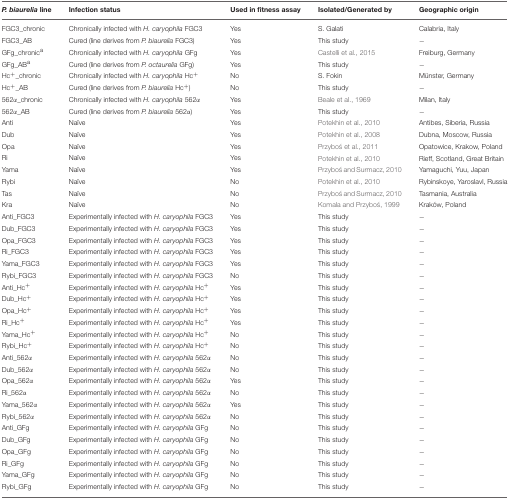
<table><thead><tr><td><b><i>P. biaurelia</i> line</b></td><td><b>Infection status</b></td><td><b>Used in fitness assay</b></td><td><b>Isolated/Generated by</b></td><td><b>Geographic origin</b></td></tr></thead><tbody><tr><td>FGC3_chronic</td><td>Chronically infected with <i>H. caryophila</i> FGC3</td><td>Yes</td><td>S. Galati</td><td>Calabria, Italy</td></tr><tr><td>FGC3_AB</td><td>Cured (line derives from <i>P. biaurelia</i> FGC3)</td><td>Yes</td><td>This study</td><td>−</td></tr><tr><td>GFg_chronic<sup>a</sup></td><td>Chronically infected with <i>H. caryophila</i> GFg</td><td>Yes</td><td>Castelli et al., 2015</td><td>Freiburg, Germany</td></tr><tr><td>GFg_AB<sup>a</sup></td><td>Cured (line derives from <i>P. octaurelia</i> GFg)</td><td>Yes</td><td>This study</td><td>−</td></tr><tr><td>Hc<sup>+</sup>_chronic</td><td>Chronically infected with <i>H. caryophila</i> Hc<sup>+</sup></td><td>No</td><td>S. Fokin</td><td>Münster, Germany</td></tr><tr><td>Hc<sup>+</sup>_AB</td><td>Cured (line derives from <i>P. biaurelia</i> Hc<sup>+</sup>)</td><td>No</td><td>This study</td><td>−</td></tr><tr><td>562α_chronic</td><td>Chronically infected with <i>H. caryophila</i> 562α</td><td>Yes</td><td>Beale et al., 1969</td><td>Milan, Italy</td></tr><tr><td>562α_AB</td><td>Cured (line derives from <i>P. biaurelia</i> 562α)</td><td>Yes</td><td>This study</td><td>−</td></tr><tr><td>Anti</td><td>Naïve</td><td>Yes</td><td>Potekhin et al., 2010</td><td>Antibes, Siberia, Russia</td></tr><tr><td>Dub</td><td>Naïve</td><td>Yes</td><td>Potekhin et al., 2008</td><td>Dubna, Moscow, Russia</td></tr><tr><td>Opa</td><td>Naïve</td><td>Yes</td><td>Przyboś et al., 2011</td><td>Opatowice, Krakow, Poland</td></tr><tr><td>Ri</td><td>Naïve</td><td>Yes</td><td>Potekhin et al., 2010</td><td>Rieff, Scotland, Great Britain</td></tr><tr><td>Yama</td><td>Naïve</td><td>Yes</td><td>Przyboś and Surmacz, 2010</td><td>Yamaguchi, Yuu, Japan</td></tr><tr><td>Rybi</td><td>Naïve</td><td>No</td><td>Potekhin et al., 2010</td><td>Rybinskoye, Yaroslavl, Russia</td></tr><tr><td>Tas</td><td>Naïve</td><td>No</td><td>Przyboś and Surmacz, 2010</td><td>Tasmania, Australia</td></tr><tr><td>Kra</td><td>Naïve</td><td>No</td><td>Komala and Przyboś, 1999</td><td>Kraków, Poland</td></tr><tr><td>Anti_FGC3</td><td>Experimentally infected with <i>H. caryophila</i> FGC3</td><td>Yes</td><td>This study</td><td>−</td></tr><tr><td>Dub_FGC3</td><td>Experimentally infected with <i>H. caryophila</i> FGC3</td><td>Yes</td><td>This study</td><td>−</td></tr><tr><td>Opa_FGC3</td><td>Experimentally infected with <i>H. caryophila</i> FGC3</td><td>Yes</td><td>This study</td><td>−</td></tr><tr><td>Ri_FGC3</td><td>Experimentally infected with <i>H. caryophila</i> FGC3</td><td>Yes</td><td>This study</td><td>−</td></tr><tr><td>Yama_FGC3</td><td>Experimentally infected with <i>H. caryophila</i> FGC3</td><td>Yes</td><td>This study</td><td>−</td></tr><tr><td>Rybi_FGC3</td><td>Experimentally infected with <i>H. caryophila</i> FGC3</td><td>No</td><td>This study</td><td>−</td></tr><tr><td>Anti_Hc<sup>+</sup></td><td>Experimentally infected with <i>H. caryophila</i> Hc<sup>+</sup></td><td>Yes</td><td>This study</td><td>−</td></tr><tr><td>Dub_Hc<sup>+</sup></td><td>Experimentally infected with <i>H. caryophila</i> Hc<sup>+</sup></td><td>Yes</td><td>This study</td><td>−</td></tr><tr><td>Opa_Hc<sup>+</sup></td><td>Experimentally infected with <i>H. caryophila</i> Hc<sup>+</sup></td><td>Yes</td><td>This study</td><td>−</td></tr><tr><td>Ri_Hc<sup>+</sup></td><td>Experimentally infected with <i>H. caryophila</i> Hc<sup>+</sup></td><td>Yes</td><td>This study</td><td>−</td></tr><tr><td>Yama_Hc<sup>+</sup></td><td>Experimentally infected with <i>H. caryophila</i> Hc<sup>+</sup></td><td>No</td><td>This study</td><td>−</td></tr><tr><td>Rybi_Hc<sup>+</sup></td><td>Experimentally infected with <i>H. caryophila</i> Hc<sup>+</sup></td><td>No</td><td>This study</td><td>−</td></tr><tr><td>Anti_562α</td><td>Experimentally infected with <i>H. caryophila</i> 562α</td><td>No</td><td>This study</td><td>−</td></tr><tr><td>Dub_562α</td><td>Experimentally infected with <i>H. caryophila</i> 562α</td><td>No</td><td>This study</td><td>−</td></tr><tr><td>Opa_562α</td><td>Experimentally infected with <i>H. caryophila</i> 562α</td><td>Yes</td><td>This study</td><td>−</td></tr><tr><td>Ri_562α</td><td>Experimentally infected with <i>H. caryophila</i> 562α</td><td>No</td><td>This study</td><td>−</td></tr><tr><td>Yama_562α</td><td>Experimentally infected with <i>H. caryophila</i> 562α</td><td>Yes</td><td>This study</td><td>−</td></tr><tr><td>Rybi_562α</td><td>Experimentally infected with <i>H. caryophila</i> 562α</td><td>No</td><td>This study</td><td>−</td></tr><tr><td>Anti_GFg</td><td>Experimentally infected with <i>H. caryophila</i> GFg</td><td>No</td><td>This study</td><td>−</td></tr><tr><td>Dub_GFg</td><td>Experimentally infected with <i>H. caryophila</i> GFg</td><td>No</td><td>This study</td><td>−</td></tr><tr><td>Opa_GFg</td><td>Experimentally infected with <i>H. caryophila</i> GFg</td><td>No</td><td>This study</td><td>−</td></tr><tr><td>Ri_GFg</td><td>Experimentally infected with <i>H. caryophila</i> GFg</td><td>No</td><td>This study</td><td>−</td></tr><tr><td>Yama_GFg</td><td>Experimentally infected with <i>H. caryophila</i> GFg</td><td>No</td><td>This study</td><td>−</td></tr><tr><td>Rybi_GFg</td><td>Experimentally infected with <i>H. caryophila</i> GFg</td><td>No</td><td>This study</td><td>−</td></tr></tbody></table>